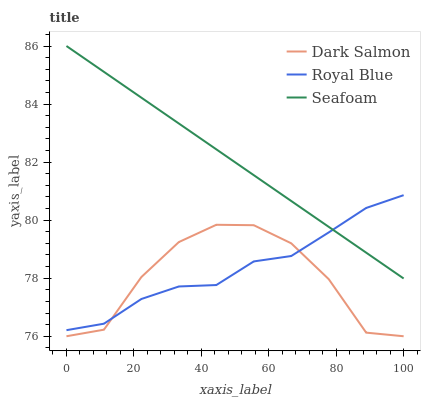
| xaxis_label | Dark Salmon | Royal Blue | Seafoam |
 | --- | --- | --- | --- |
 | 0 | 76 | 76.2 | 86 |
 | 11.1 | 76.2 | 76.4 | 85.1 |
 | 22.2 | 78 | 77.3 | 84.2 |
 | 33.3 | 79.2 | 77.7 | 83.3 |
 | 44.4 | 79.8 | 77.8 | 82.4 |
 | 55.6 | 79.8 | 78.6 | 81.5 |
 | 66.7 | 79.2 | 78.8 | 80.7 |
 | 77.8 | 78 | 79.6 | 79.8 |
 | 88.9 | 76.1 | 80.4 | 78.9 |
 | 100 | 76 | 80.9 | 78 |